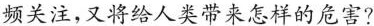
频关注，又将给人类带来怎样的危害?